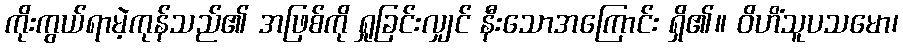
ကိုးကွယ်ရာမဲ့ကုန်သည်၏ အဖြစ်ကို ရှုခြင်းလျှင် နီးသောအကြောင်း ရှိ၏။ ဝိဟိံသူပသမော၊